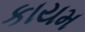
કાયમ